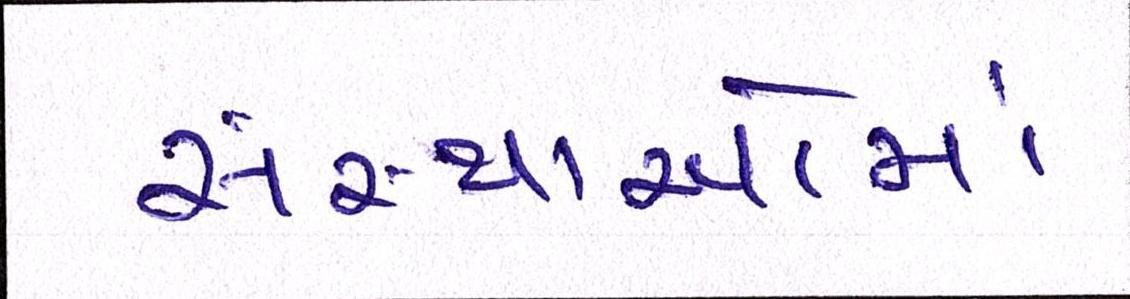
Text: સંસ્થાઓમાં